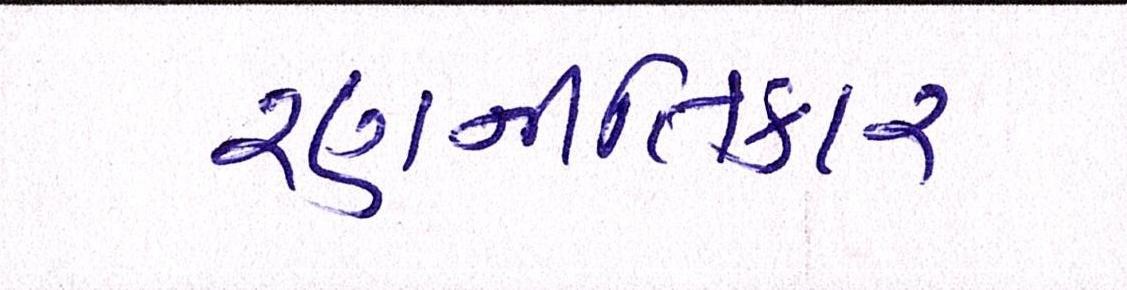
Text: રણનીતિકાર